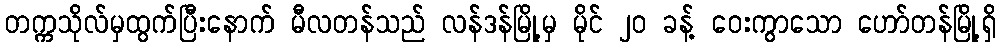
တက္ကသိုလ်မှထွက်ပြီးနောက် မီလတန်သည် လန်ဒန်မြို့မှ မိုင် ၂၀ ခန့် ဝေးကွာသော ဟော်တန်မြို့ရှိ